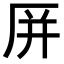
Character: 𪠆